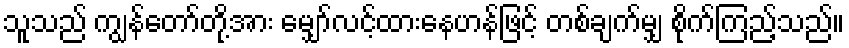
သူသည် ကျွန်တော်တို့အား မျှော်လင့်ထားနေဟန်ဖြင့် တစ်ချက်မျှ စိုက်ကြည့်သည်။